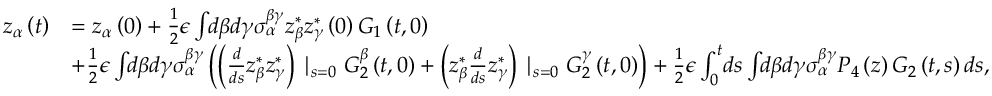
\begin{array} { r l } { z _ { \alpha } \left( t \right) } & { = z _ { \alpha } \left( 0 \right) + \frac { 1 } { 2 } \epsilon \int \! \! d \beta d \gamma \sigma _ { \alpha } ^ { \beta \gamma } z _ { \beta } ^ { * } z _ { \gamma } ^ { * } \left( 0 \right) G _ { 1 } \left( t , 0 \right) } \\ & { + \frac { 1 } { 2 } \epsilon \int \! \! d \beta d \gamma \sigma _ { \alpha } ^ { \beta \gamma } \left( \left( \frac { d } { d s } z _ { \beta } ^ { * } z _ { \gamma } ^ { * } \right) \mid _ { s = 0 } G _ { 2 } ^ { \beta } \left( t , 0 \right) + \left( z _ { \beta } ^ { * } \frac { d } { d s } z _ { \gamma } ^ { * } \right) \mid _ { s = 0 } G _ { 2 } ^ { \gamma } \left( t , 0 \right) \right) + \frac { 1 } { 2 } \epsilon \int _ { 0 } ^ { t } \! d s \int \! \! d \beta d \gamma \sigma _ { \alpha } ^ { \beta \gamma } P _ { 4 } \left( z \right) G _ { 2 } \left( t , s \right) d s , } \end{array}